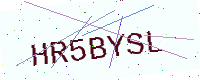
Text: HR5BYSL